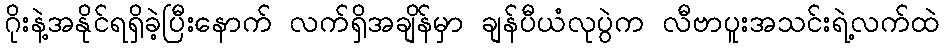
ဂိုးနဲ့အနိုင်ရရှိခဲ့ပြီးနောက် လက်ရှိအချိန်မှာ ချန်ပီယံလုပွဲက လီဗာပူးအသင်းရဲ့လက်ထဲ